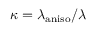
\kappa = \lambda _ { \mathrm { a n i s o } } / \lambda